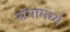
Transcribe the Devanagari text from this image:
सभामध्ये